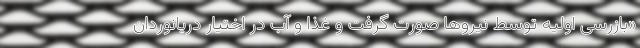
«بازرسی اولیه توسط نیروها صورت گرفت و غذا و آب در اختیار دریانوردان